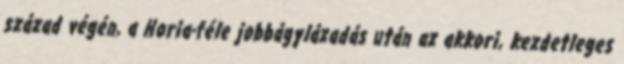
század végén, a Horia-féle jobbágylázadás után az akkori, kezdetleges